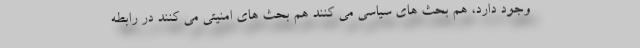
وجود دارد، هم بحث های سیاسی می کنند هم بحث های امنیتی می کنند در رابطه